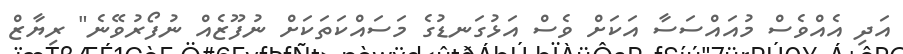
އަދި އެއްވެސް މުއައްސަސާ އަކަށް ވެސް އަޅުގަނޑުގެ މަސައްކަތަކަށް ނުފޫޒެއް ނުފޯރުވޭނެ" ރިޔާޒް